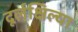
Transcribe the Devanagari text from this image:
दूर्लक्षिल्या